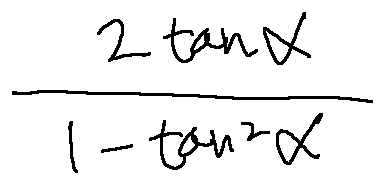
\frac { 2 \tan \alpha } { 1 - \tan ^ { 2 } \alpha }